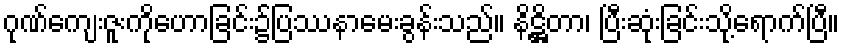
ဂုဏ်ကျေးဇူးကိုဟောခြင်း၌ပြဿနာမေးခွန်းသည်။ နိဋ္ဌိတာ၊ ပြီးဆုံးခြင်းသို့ရောက်ပြီ။